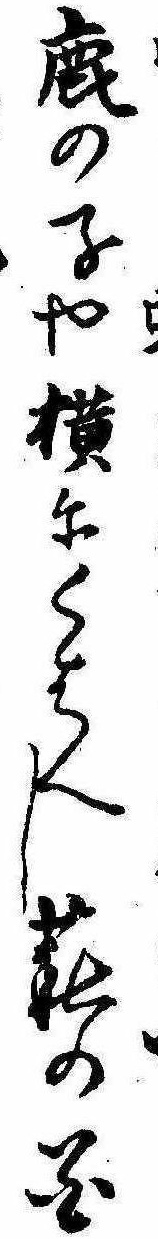
鹿の子や横にくはへし萩の花